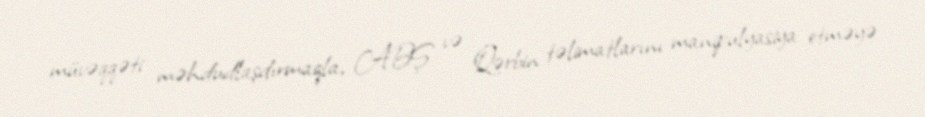
müvəqqəti məhdudlaşdırmaqla, ABŞ və Qərbin təlimatlarını manipulyasiya etməyə